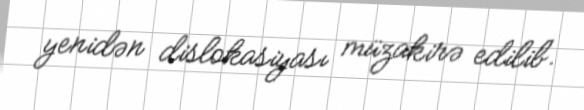
yenidən dislokasiyası müzakirə edilib.